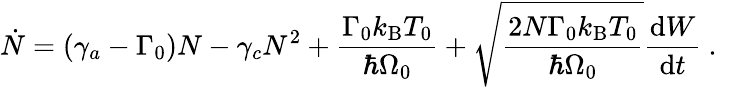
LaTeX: \dot{N}=\left(\gamma_{a}-\Gamma_{0}\right)N-\gamma_{c}N^{2}+\frac{\Gamma_{0}k_{\mathrm{B}}T_{0}}{\hbar\Omega_{0}}+\sqrt{\frac{2N\Gamma_{0}k_{\mathrm{B}}T_{0}}{\hbar\Omega_{0}}}\frac{\mathrm{d}{W}}{\mathrm{d}t}\mathrm{~.~}